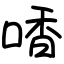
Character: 㗍